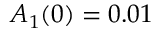
A _ { 1 } ( 0 ) = 0 . 0 1